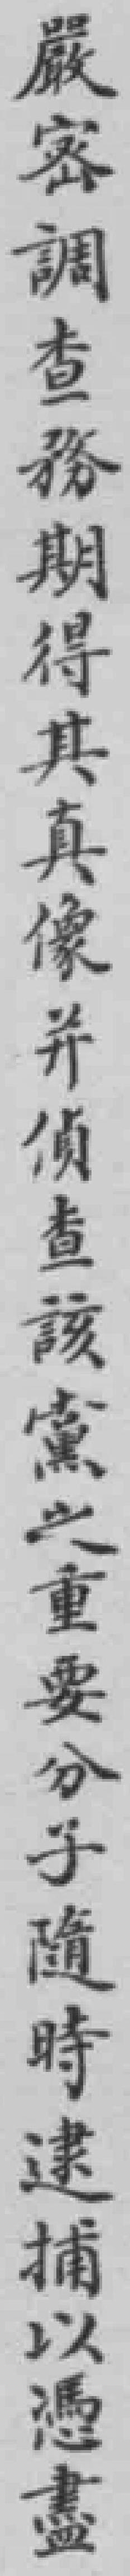
嚴密調查務期得其真像並偵查該黨兴重要分子隨時速捕以憑盡